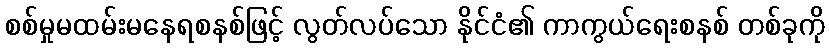
စစ်မှုမထမ်းမနေရစနစ်ဖြင့် လွတ်လပ်သော နိုင်ငံ၏ ကာကွယ်ရေးစနစ် တစ်ခုကို